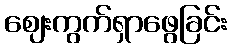
ဈေးကွက်ရှာဖွေခြင်း